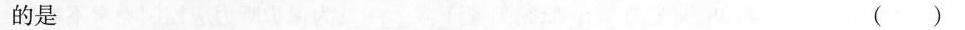
的是 ()